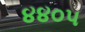
૪૪૦૫